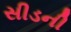
સીડની